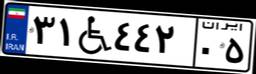
۵۵W۴۲۸۶۶